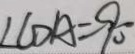
\angle C D A = 9 0 ^ { \circ }